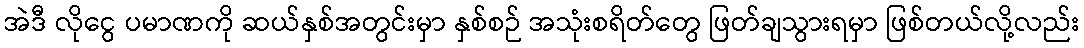
အဲဒီ လိုငွေ ပမာဏကို ဆယ်နှစ်အတွင်းမှာ နှစ်စဉ် အသုံးစရိတ်တွေ ဖြတ်ချသွားရမှာ ဖြစ်တယ်လို့လည်း